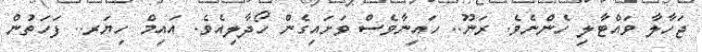
ޖަހާލާ ވައްޓާލި ހެންނެވެ. ރަނޫ.. ހައިނާވެސް ވަށައިގެން ހޯދާލިއެވެ. އައިމް ހިޔަރ.. ފަހަތުން